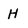
Character: H